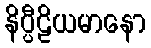
နိပ္ပီဠိယမာနော